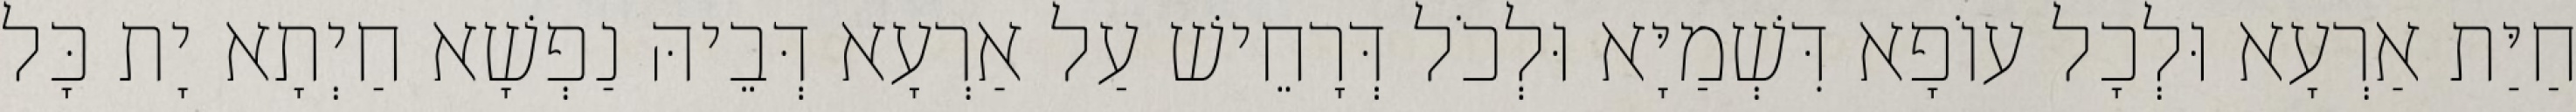
חַיַּת אַרְעָא וּלְכָל עוֹפָא דִּשְׁמַיָּא וּלְכֹל דְּרָחֵישׁ עַל אַרְעָא דְּבֵיהּ נַפְשָׁא חַיְתָא יָת כָּל